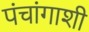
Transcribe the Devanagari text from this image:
पंचांगाशी